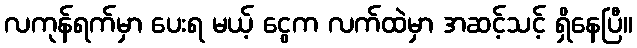
လကုန်ရက်မှာ ပေးရ မယ့် ငွေက လက်ထဲမှာ အဆင့်သင့် ရှိနေပြီ။